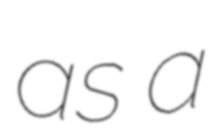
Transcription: as a